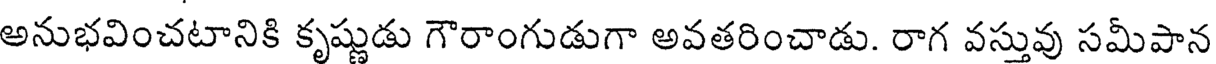
అనుభవించటానికి కృష్ణుడు గౌరాంగుడుగా అవతరించాడు. రాగ వస్తువు సమీపాన